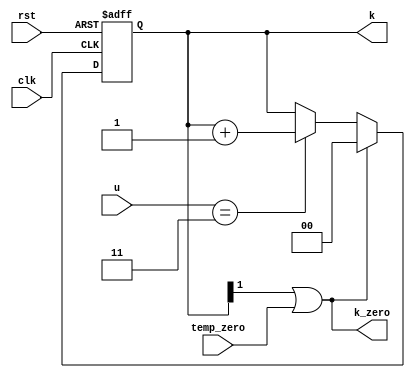
module k_count_L7(k,k_zero,u,clk,rst,temp_zero);
input rst,clk,temp_zero;
input [2:0] u;
output reg  [1:0] k;
output wire k_zero;
always @ (posedge clk or negedge rst)
	begin
		if (!rst )
			begin k<=0;  end
		//else if (temp_counter&&!temp_zero);
		else if(k[1]||temp_zero)
			k<=0;
		else if( u==3)
			begin k<=k+2'b01;  end
	end
assign k_zero=k[1]||temp_zero;

endmodule